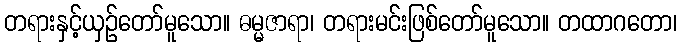
တရားနှင့်ယှဉ်တော်မူသော။ ဓမ္မဇာရာ၊ တရားမင်းဖြစ်တော်မူသော။ တထာဂတော၊